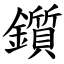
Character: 鑕